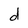
Character: d